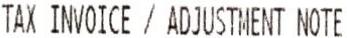
TAX INVOICE / ADJUSTMENT NOTE